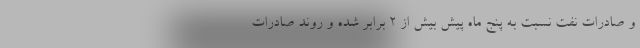
و صادرات نفت نسبت به پنج ماه پیش بیش از ۲ برابر شده و روند صادرات